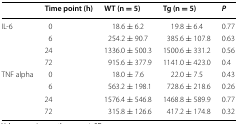
|  | Time point (h) | WT (n = 5) | Tg (n = 5) | P |
 | --- | --- | --- | --- | --- |
 | <ROWSPAN=4> IL-6 | 0 | 18.6 ± 6.2 | 19.8 ± 6.4 | 0.77 |
 | 6 | 254.2 ± 90.7 | 385.6 ± 107.8 | 0.63 |
 | 24 | 1336.0 ± 500.3 | 1500.6 ± 331.2 | 0.56 |
 | 72 | 915.6 ± 377.9 | 1141.0 ± 423.0 | 0.4 |
 | <ROWSPAN=4> TNF alpha | 0 | 18.0 ± 7.6 | 22.0 ± 7.5 | 0.43 |
 | 6 | 563.2 ± 198.1 | 728.6 ± 218.6 | 0.26 |
 | 24 | 1576.4 ± 546.8 | 1468.8 ± 589.9 | 0.77 |
 | 72 | 315.8 ± 126.6 | 417.2 ± 174.8 | 0.32 |